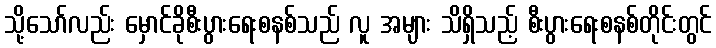
သို့သော်လည်း မှောင်ခိုစီးပွားရေးစနစ်သည် လူ အများ သိရှိသည့် စီးပွားရေးစနစ်တိုင်းတွင်